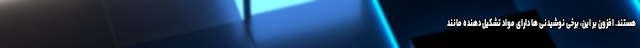
هستند. افزون بر این، برخی نوشیدنی ها دارای مواد تشکیل دهنده مانند